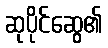
ဆုပိုင်ဆွေ၏